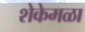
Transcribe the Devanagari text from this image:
शेकेमळा